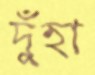
দুঁহা